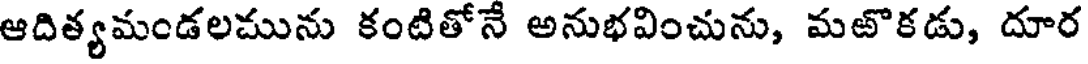
ఆదిత్యమండలమును కంటితోనే అనుభవించును, మఱొకడు, దూర